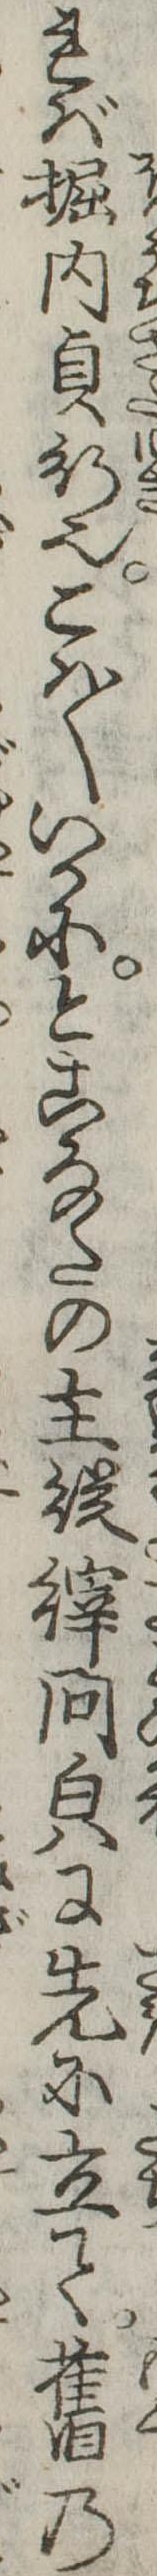
れば堀内貞行也こは〱いかにとこなたの主従縡問貌に先に立て旧の